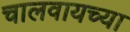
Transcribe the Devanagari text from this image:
चालवायच्या